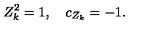
Z _ { k } ^ { 2 } = 1 , \quad c _ { Z _ { k } } = - 1 .